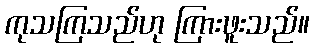
ကုသကြသည်ဟု ကြားဖူးသည်။